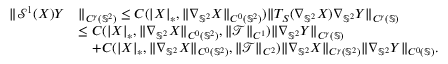
\begin{array} { r l } { \| \mathcal { S } ^ { 1 } ( \boldsymbol { X } ) \boldsymbol { Y } } & { \| _ { C ^ { \gamma } ( \mathbb { S } ^ { 2 } ) } \leq C ( | \boldsymbol { X } | _ { * } , \| \nabla _ { \mathbb { S } ^ { 2 } } \boldsymbol { X } \| _ { C ^ { 0 } ( \mathbb { S } ^ { 2 } ) } ) \| T _ { S } ( \nabla _ { \mathbb { S } ^ { 2 } } \boldsymbol { X } ) \nabla _ { \mathbb { S } ^ { 2 } } \boldsymbol { Y } \| _ { C ^ { \gamma } ( \mathbb { S } ) } } \\ & { \leq C ( | \boldsymbol { X } | _ { * } , \| \nabla _ { \mathbb { S } ^ { 2 } } \boldsymbol { X } \| _ { C ^ { 0 } ( \mathbb { S } ^ { 2 } ) } , \| \mathcal { T } \| _ { C ^ { 1 } } ) \| \nabla _ { \mathbb { S } ^ { 2 } } \boldsymbol { Y } \| _ { C ^ { \gamma } ( \mathbb { S } ) } } \\ & { \quad + C ( | \boldsymbol { X } | _ { * } , \| \nabla _ { \mathbb { S } ^ { 2 } } \boldsymbol { X } \| _ { C ^ { 0 } ( \mathbb { S } ^ { 2 } ) } , \| \mathcal { T } \| _ { C ^ { 2 } } ) \| \nabla _ { \mathbb { S } ^ { 2 } } \boldsymbol { X } \| _ { C ^ { \gamma } ( \mathbb { S } ^ { 2 } ) } \| \nabla _ { \mathbb { S } ^ { 2 } } \boldsymbol { Y } \| _ { C ^ { 0 } ( \mathbb { S } ) } . } \end{array}